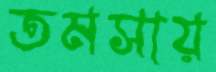
তমসায়